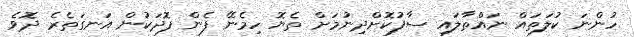
ހުންނަ ކުލަތައް ނައްތާލައި ސާފުކޮށްދިނުމަށް ތެޔޮ ހިމެނޭ ފެން ފޮދަކުން އަނގަތެރެ ދޮވެ